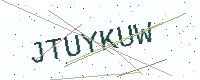
Text: JTUYKUW